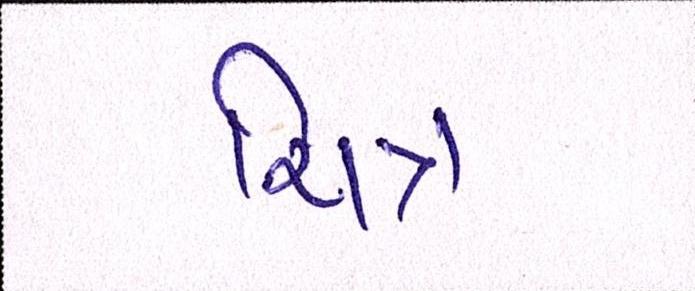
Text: ચિત્ર